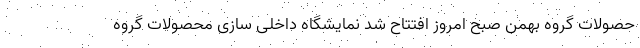
حصولات گروه بهمن صبح امروز افتتاح شد نمایشگاه داخلی سازی محصولات گروه